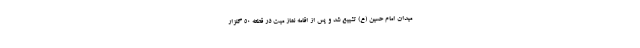
میدان امام حسین (ع) تشییع شد و پس از اقامه نماز میت در قطعه ۵۰ گلزار